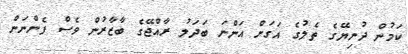
ކަމުން ދުނިޔޭގެ ތެލުގެ އަގަށް އަންނަ ބަދަލު ރާއްޖޭގެ ބާޒާރުން ވެސް ފެންނަން